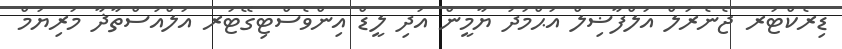
ޑިރެކްޓަރ ޖެނެރަލް އަލްފާޟިލް އަޙްމަދު ޔާމީން އަދި ލީޑް އިންވެސްޓިގޭޓަރ އަލްއުސްތާޛާ މަރިޔަމް